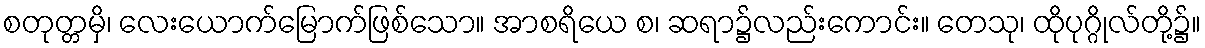
စတုတ္တမှိ၊ လေးယောက်မြောက်ဖြစ်သော။ အာစရိယေ စ၊ ဆရာ၌လည်းကောင်း။ တေသု၊ ထိုပုဂ္ဂိုလ်တို့၌။